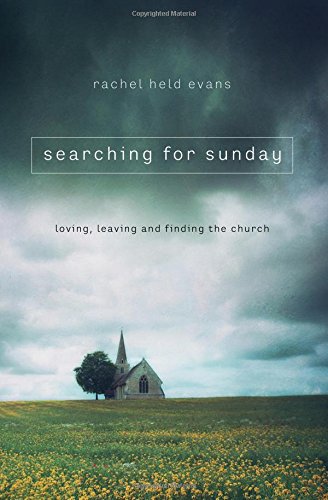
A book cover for Searching for Sunday: Loving, Leaving, and Finding the Church; Rachel Held Evans; Christian Books & Bibles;